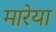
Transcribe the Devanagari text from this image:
मारेया